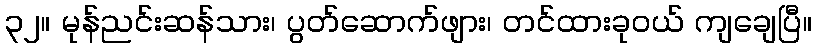
၃၂။ မုန်ညင်းဆန်သား၊ ပွတ်ဆောက်ဖျား၊ တင်ထားခုဝယ် ကျချေပြီ။